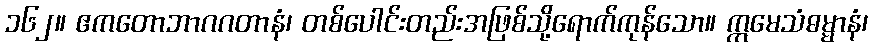
၁၆၂။ ဧကတောဘာဂဂတာနံ၊ တစ်ပေါင်းတည်းအဖြစ်သို့ရောက်ကုန်သော။ ဣမေသံဓမ္မာနံ၊